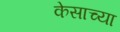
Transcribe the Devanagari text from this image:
केसाच्या